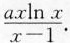
\frac { a x \ln x } { x - 1 }$$ .